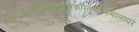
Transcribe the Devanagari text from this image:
पीताम्बरकिरीटकेयूरकौस्तुभवनमालाधरं